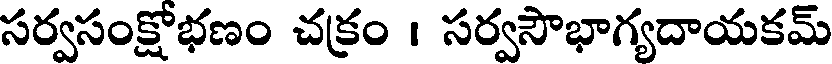
సర్వసంక్షోభణం చక్రం । సర్వసౌభాగ్యదాయకమ్